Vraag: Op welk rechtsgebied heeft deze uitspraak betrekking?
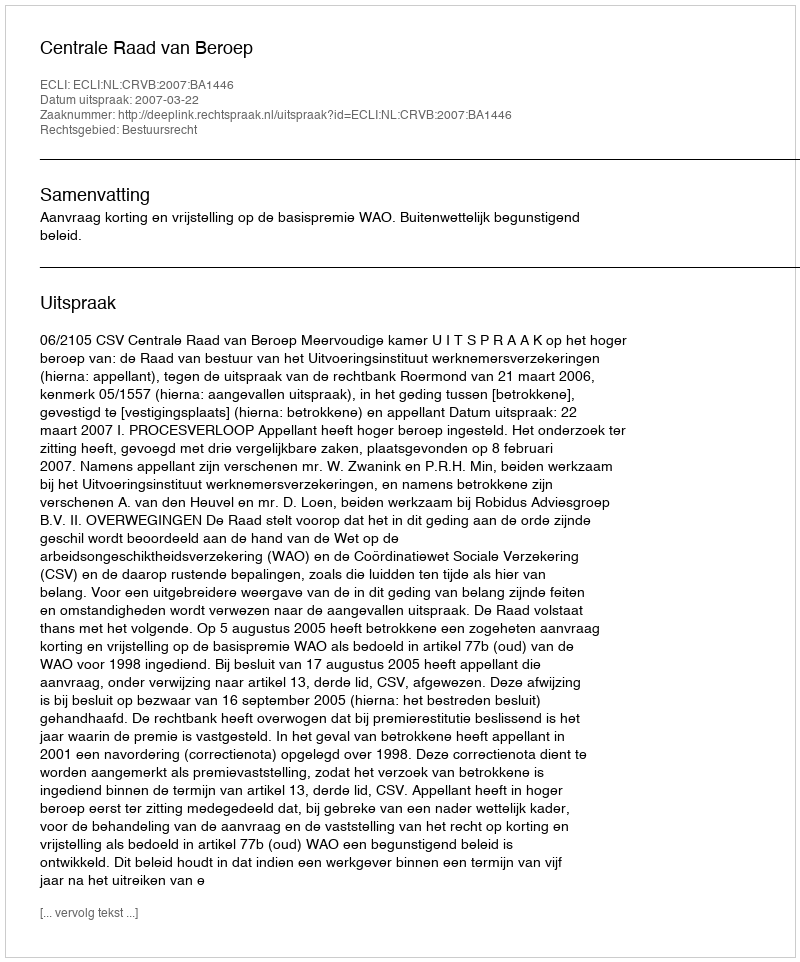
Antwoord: Bestuursrecht